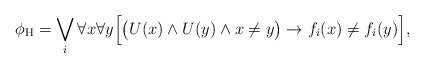
\begin{align*}\phi_\mathrm{H} = \bigvee_i \forall x \forall y \Big[ \big(U(x) \land U(y) \land x \neq y \big) \to f_i(x) \neq f_i(y) \Big],\end{align*}